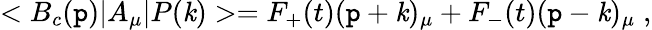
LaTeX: <B_{c}(\mathtt{p})|A_{\mu}|P(\mathit{k})>=F_{+}(t)(\mathtt{p}+\mathit{k})_{\mu}+F_{-}(t)(\mathtt{p}-\mathit{k})_{\mu}\; ,